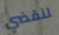
لنقضي